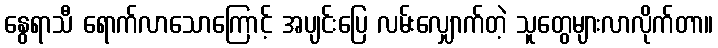
နွေရာသီ ရောက်လာသောကြောင့် အပျင်းပြေ လမ်းလျှောက်တဲ့ သူတွေများလာလိုက်တာ။